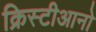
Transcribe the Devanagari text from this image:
क्रिस्टीआनो